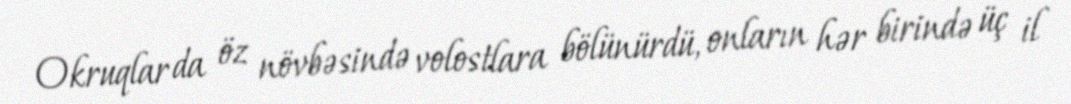
Okruqlar da öz növbəsində volostlara bölünürdü, onların hər birində üç il